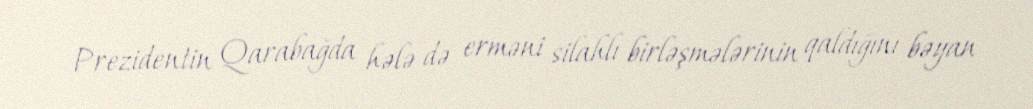
Prezidentin Qarabağda hələ də erməni silahlı birləşmələrinin qaldığını bəyan